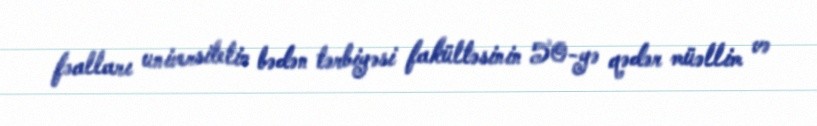
fəalları universitetin bədən tərbiyəsi fakültəsinin 50-yə qədər müəllim və